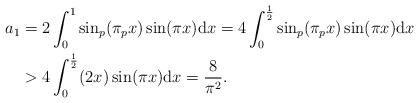
LaTeX: \begin{align*} a_1&=2\int_0^1 \sin_p(\pi_p x) \sin(\pi x) \mathrm{d}x=4\int_0^\frac12 \sin_p(\pi_p x)\sin(\pi x) \mathrm{d}x \\&>4\int_0^\frac12 (2x) \sin(\pi x) \mathrm{d}x=\frac{8}{\pi^2}.\end{align*}